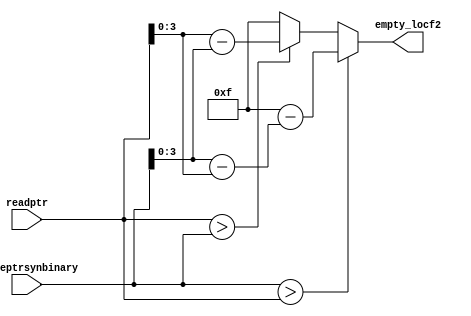
module emptylocf2#(parameter WIDTH = 32,
parameter ADDRBITS = 4)
(
    input [ ADDRBITS:0] writeptrsynbinary, //syn to the write clk
    input [ ADDRBITS:0] readptr,
    output reg [ADDRBITS-1:0] empty_locf2
);

always@(*)
    begin
        if(writeptrsynbinary > readptr)
            empty_locf2 = 4'd15 -(writeptrsynbinary-readptr);
        else if(readptr > writeptrsynbinary)
            empty_locf2 = (readptr-writeptrsynbinary);
        else
            empty_locf2=4'd15;
    end


endmodule